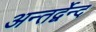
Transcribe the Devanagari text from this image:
अन्तर्द्वेन्द